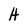
Character: H